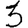
Digit: 3